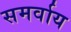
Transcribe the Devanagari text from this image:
समर्वाय